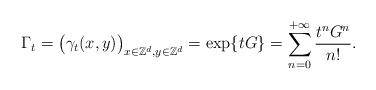
LaTeX: \begin{align*}\Gamma_t=\big(\gamma_t(x,y)\big)_{x\in \mathbb{Z}^d,y\in\mathbb{Z}^d}=\exp\{tG\}=\sum_{n=0}^{+\infty}\frac{t^nG^n}{n!}.\end{align*}